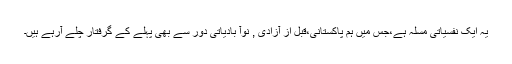
یہ ایک نفسیاتی مسٔلہ ہے،جس میں ہم پاکستانی،قبل از آزادی , نوآ بادیاتی دور سے بھی پہلے کے گرفتار چلے آرہے ہیں۔